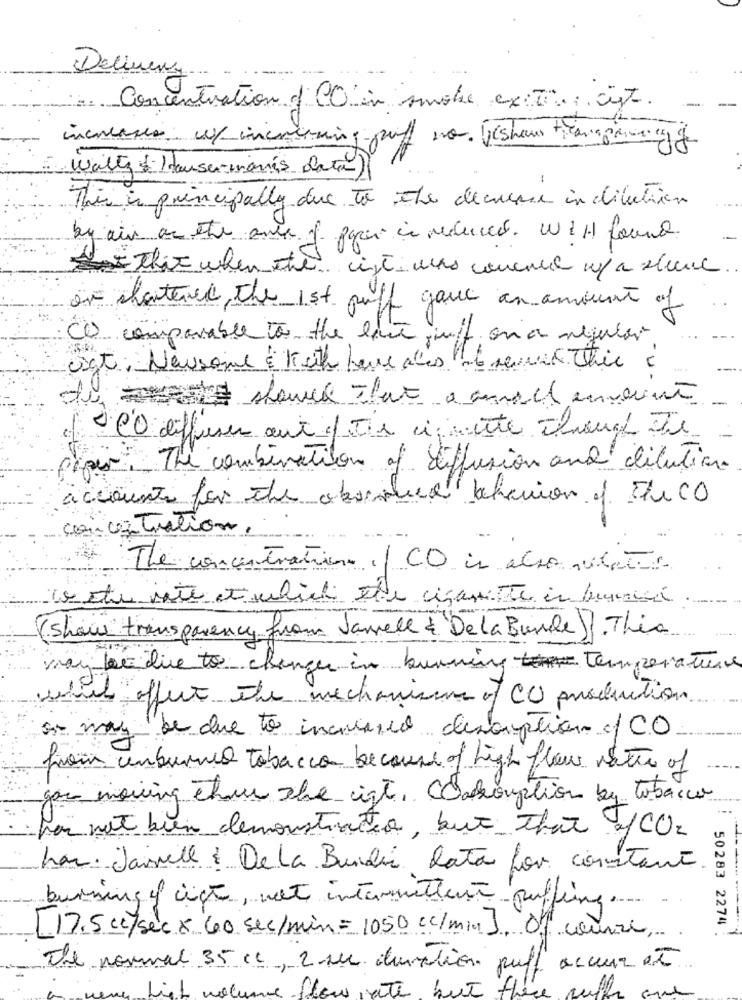
Delivery
- Concentration of CO in suche exit ist.
increases w/ increasing puff no. Wishaus transparency
Wally Hauser-manns data)
--
This is principally due to the decrease in dilution
withit when the
Le cisti was concel u/ a stene
on shortened, the 1st puff gave an amount of
(C) comparable to the love juff on a regular
Oct. Newsome & Keith have ales e nevet This
"CO diffuser aut / The cute Ihrand Te
The combination of diffusion and dilution.
accounts for the obecnie behavior of Fico
concentration.
The concentration of CO is also visite
to etu vite et'which ete cigarette in burian .
(show transparency from Jarrell & Dela Burde). This
may low die to change in burning Temperature
will affect the mechanisms of CO production
on may be due to increaseo desomption c/ C.O
from comburned tobacco because of high flow netto of
gas moving then the igt, COsomption by tobacco
has not been demonstracto, but that of CO2
han. Jainell : De la Bundi lata for constant
burning of ich, net intermittent puffing ...
50283 2274
[17.5 cc/ sec × 60 sec/min=1050 cc/min). of course
The normal 35 cc, 2 rue duration puff acceur et
nate but there